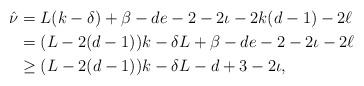
LaTeX: \begin{align*}\hat \nu&=L(k-\delta)+\beta-de-2 -2\iota-2k(d-1)-2\ell\\&=(L-2(d-1))k-\delta L+\beta-de-2 -2\iota-2\ell\\&\geq (L-2(d-1))k-\delta L-d+3 -2\iota,\end{align*}